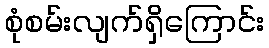
စုံစမ်းလျက်ရှိကြောင်း